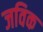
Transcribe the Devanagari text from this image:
जविक